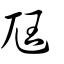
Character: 尣